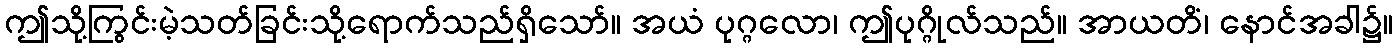
ဤသို့ကြွင်းမဲ့သတ်ခြင်းသို့ရောက်သည်ရှိသော်။ အယံ ပုဂ္ဂလော၊ ဤပုဂ္ဂိုလ်သည်။ အာယတိံ၊ နောင်အခါ၌။